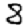
Digit: 8